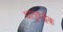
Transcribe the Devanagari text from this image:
धातुवर्द्धक